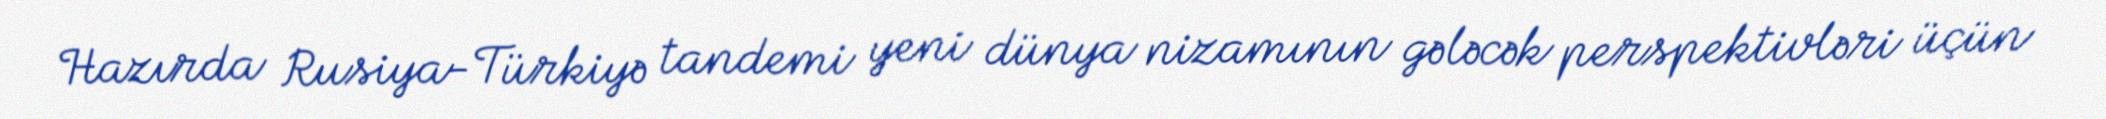
Hazırda Rusiya-Türkiyə tandemi yeni dünya nizamının gələcək perspektivləri üçün